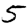
Digit: 5